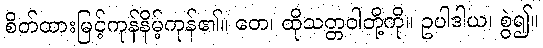
စိတ်ထားမြင့်ကုန်နိမ့်ကုန်၏။ တေ၊ ထိုသတ္တဝါတို့ကို။ ဥပါဒါယ၊ စွဲ၍။